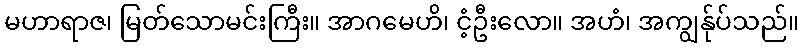
မဟာရာဇ၊ မြတ်သောမင်းကြီး။ အာဂမေဟိ၊ ငံ့ဦးလော။ အဟံ၊ အကျွန်ုပ်သည်။